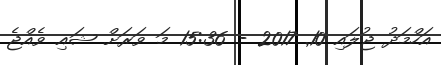
އަހްމަދު ޖުލައި 10